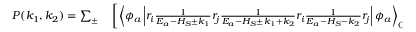
\begin{array} { r l } { P ( k _ { 1 } , k _ { 2 } ) = \sum _ { \pm } } & { { } \left[ \left\langle \phi _ { a } \left| r _ { i } \frac { 1 } { E _ { a } - H _ { S } \pm k _ { 1 } } r _ { j } \frac { 1 } { E _ { a } - H _ { S } \pm k _ { 1 } + k _ { 2 } } r _ { i } \frac { 1 } { E _ { a } - H _ { S } - k _ { 2 } } r _ { j } \right| \phi _ { a } \right\rangle _ { \mathrm { C L } } \right. } \end{array}